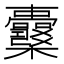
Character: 𣡪